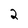
Character: 2